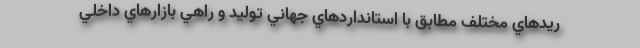
ريدهاي مختلف مطابق با استانداردهاي جهاني توليد و راهي بازارهاي داخلي